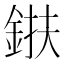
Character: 𨦶